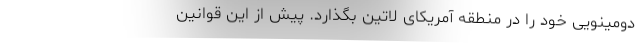
دومینویی خود را در منطقه آمریکای لاتین بگذارد. پیش از این قوانین